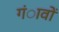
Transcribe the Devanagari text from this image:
गंावों